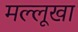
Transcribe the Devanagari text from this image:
मल्लूखा